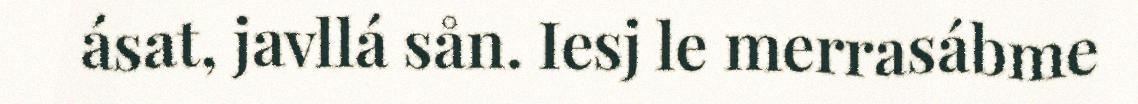
ásat, javllá sån. Iesj le merrasábme